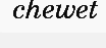
chewet